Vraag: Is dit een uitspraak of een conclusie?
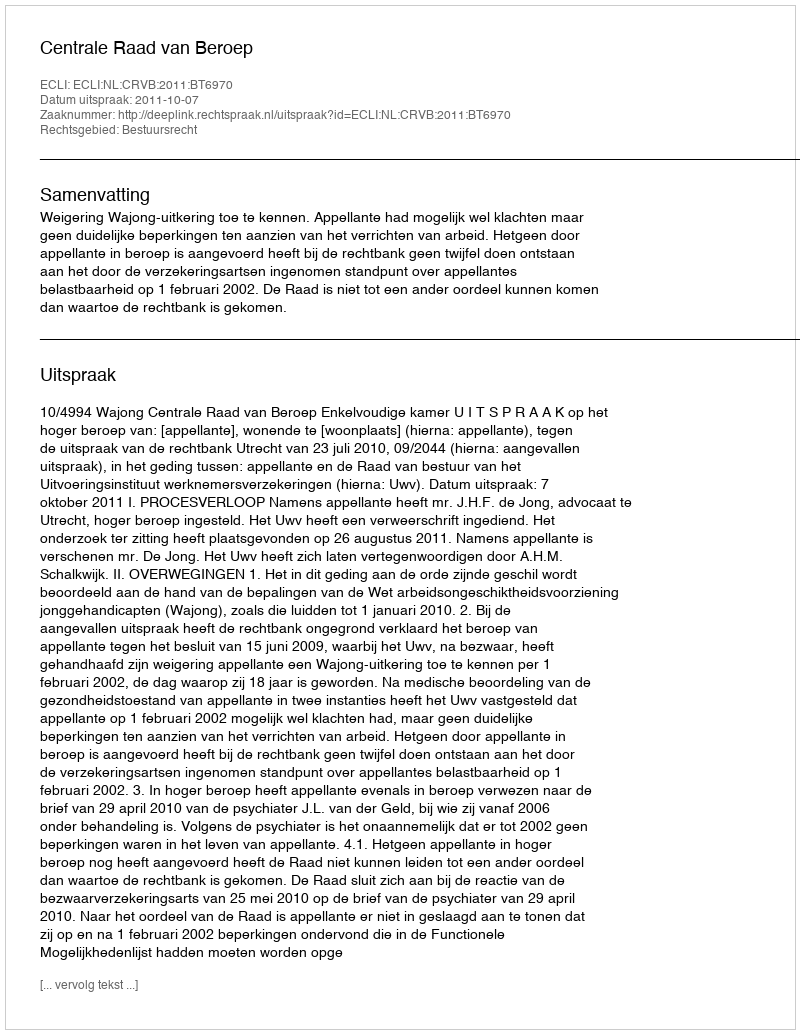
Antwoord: Uitspraak